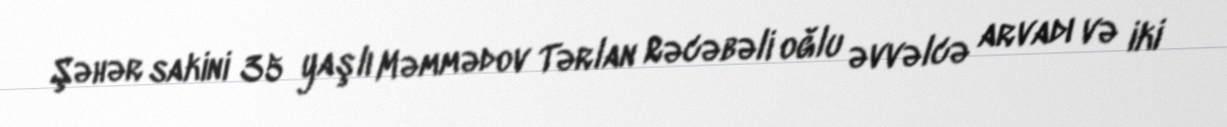
Şəhər sakini 35 yaşlı Məmmədov Tərlan Rəcəbəli oğlu əvvəlcə arvadı və iki